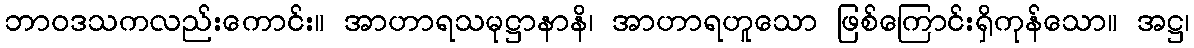
ဘာဝဒသကလည်းကောင်း။ အာဟာရသမုဋ္ဌာနာနိ၊ အာဟာရဟူသော ဖြစ်ကြောင်းရှိကုန်သော။ အဋ္ဌ၊